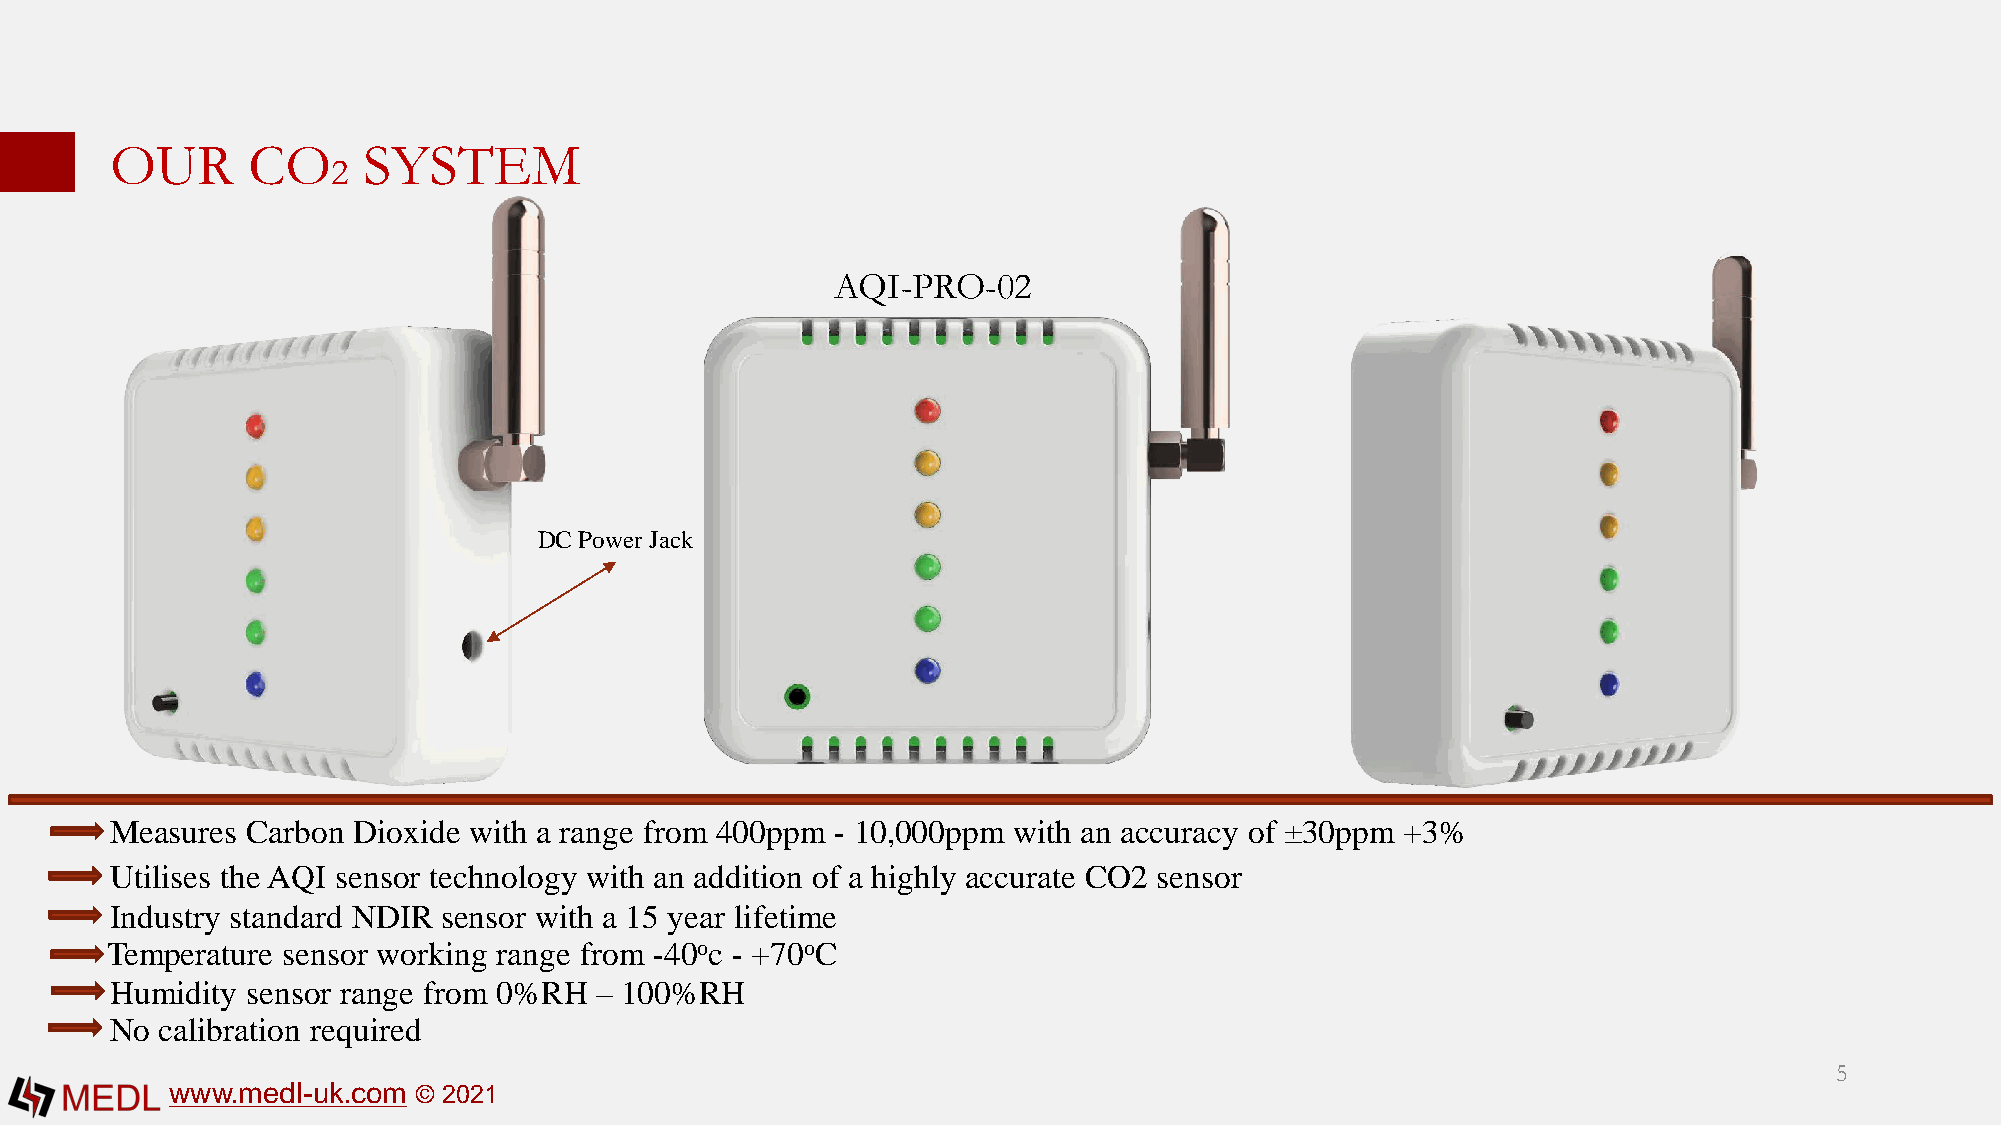
OUR      CO      SYSTEM
 2
 AQI-PRO-02
 DC Power Jack
 Measures Carbon Dioxide with a range from 400ppm - 10,000ppm with an accuracy of ±30ppm +3%
 Utilises the AQI sensor technology with an addition of a highly accurate CO2 sensor
 Industry standard NDIR sensor with a 15 year lifetime
 Temperature sensor working range from -40oc - +70oC
 Humidity sensor range from 0%RH – 100%RH
 No  calibration required
 5
 www.medl-uk.com © 2021